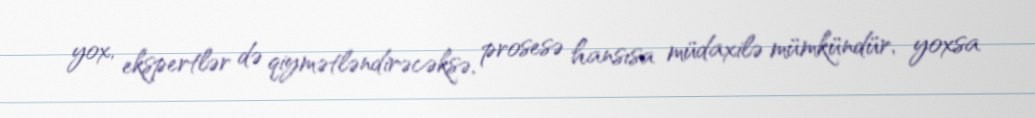
yox, ekspertlər də qiymətləndirəcəksə, prosesə hansısa müdaxilə mümkündür, yoxsa